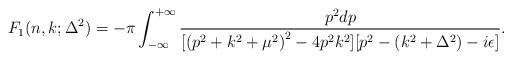
LaTeX: \begin{align*}F_1(n,k;\Delta^2)=-\pi \int_{-\infty}^{+\infty}\frac{p^2dp}{[{(p^2+k^2+\mu^2)}^2-4p^2k^2][p^2-(k^2+\Delta^2)-i\epsilon]}.\end{align*}